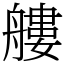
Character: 艛